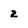
Character: 2